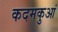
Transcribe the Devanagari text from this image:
कदमकुआं